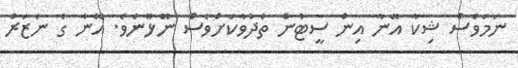
ނަމަވެސް ޝިކާ އޭނާ އިން ސީޓުން ތެދުވާކަށްވެސް ނޫޅޫނެވެ. އޭނާ ގެ ނަޒަރު